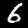
Label: 6